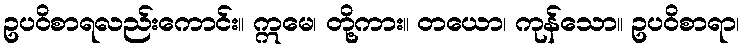
ဥပဝိစာရလည်းကောင်း။ ဣမေ၊ တို့ကား။ တယော၊ ကုန်သော။ ဥပဝိစာရာ၊